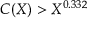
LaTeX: C ( X ) > X ^ { 0 . 3 3 2 }